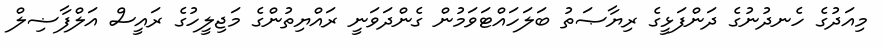
މިއަދުގެ ހެނދުނުގެ ދަންފަޅީގެ ރިޔާޞަތު ބަލަހައްޓަވަމުން ގެންދަވަނީ ރައްޔިތުންގެ މަޖިލީހުގެ ރައީސް އަލްފާޟިލް